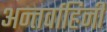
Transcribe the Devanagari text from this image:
अन्तर्वाहिनी